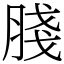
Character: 䏼